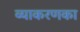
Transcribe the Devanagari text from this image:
व्याकरणका